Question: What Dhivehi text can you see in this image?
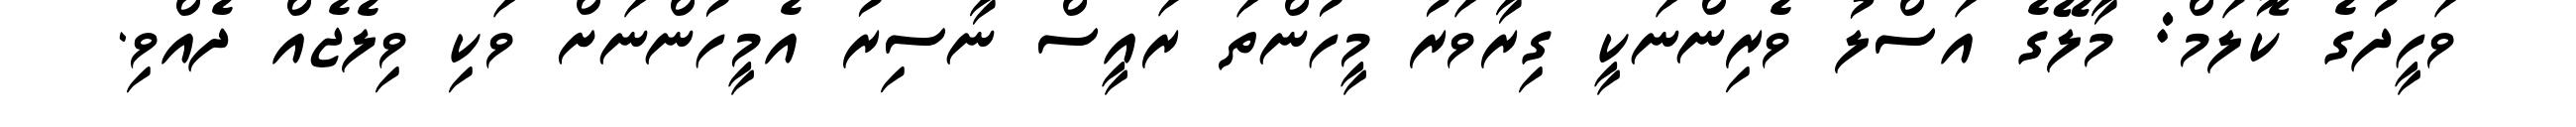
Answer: ވަހީދުގެ ކޮލަމް: މާލޭގެ އަސްލު ވެރިންނަކީ ގިރާވަރު މީހުންތަ ރައީސް ނާސިރު އެމީހުންނަށް ވަކި ވިލެޖެއް ދެއްވި.